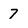
Character: 7